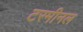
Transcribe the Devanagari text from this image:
टरमीनल